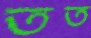
তত